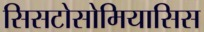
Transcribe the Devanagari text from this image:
सिसटोसोमियासिस